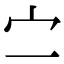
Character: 㝉